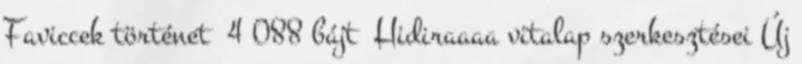
‎Faviccek történet ‎ 4 088 bájt ‎Hidiraaaa vitalap szerkesztései Új